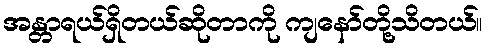
အန္တာရယ်ရှိတယ်ဆိုတာကို ကျနော်တို့သိတယ်။